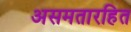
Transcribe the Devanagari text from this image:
असमतारहित